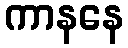
ကာနနေ